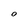
Character: O